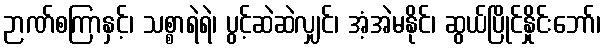
ဉာဏ်စကြာနှင့်၊ သစ္စာရဲရဲ၊ ပွင့်ဆဲဆဲလျှင်၊ အံ့အဲမနိုင်၊ ဆွယ်ပြိုင်နှိုင်းဘော်၊